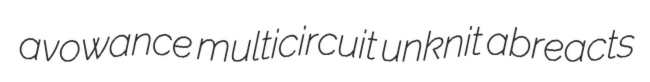
avowance multicircuit unknit abreacts